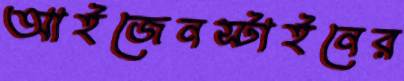
আইজেনস্টাইনের